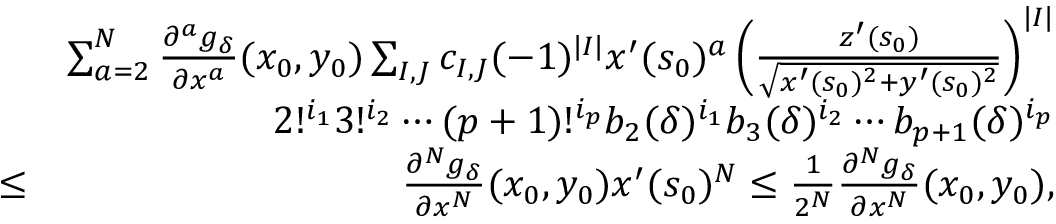
\begin{array} { r l r } & { } & { \sum _ { a = 2 } ^ { N } \frac { \partial ^ { a } g _ { \delta } } { \partial x ^ { a } } ( x _ { 0 } , y _ { 0 } ) \sum _ { I , J } c _ { I , J } ( - 1 ) ^ { | I | } x ^ { \prime } ( s _ { 0 } ) ^ { a } \left( \frac { z ^ { \prime } ( s _ { 0 } ) } { \sqrt { x ^ { \prime } ( s _ { 0 } ) ^ { 2 } + y ^ { \prime } ( s _ { 0 } ) ^ { 2 } } } \right) ^ { | I | } } \\ & { } & { 2 ! ^ { i _ { 1 } } 3 ! ^ { i _ { 2 } } \cdots ( p + 1 ) ! ^ { i _ { p } } b _ { 2 } ( \delta ) ^ { i _ { 1 } } b _ { 3 } ( \delta ) ^ { i _ { 2 } } \cdots b _ { p + 1 } ( \delta ) ^ { i _ { p } } } \\ & { \leq } & { \frac { \partial ^ { N } g _ { \delta } } { \partial x ^ { N } } ( x _ { 0 } , y _ { 0 } ) x ^ { \prime } ( s _ { 0 } ) ^ { N } \leq \frac { 1 } { 2 ^ { N } } \frac { \partial ^ { N } g _ { \delta } } { \partial x ^ { N } } ( x _ { 0 } , y _ { 0 } ) , } \end{array}